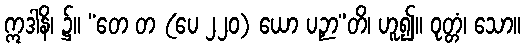
ဣဒါနိ၊ ၌။ “တေ တ (ပေ ၂၂၀) ယော ပဉှာ”တိ၊ ဟူ၍။ ဝုတ္တံ၊ သော။